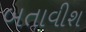
બતાવીશ